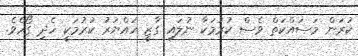
ކުރަން މަސައްކަތް ވެސް ކުރުމަކާ ނުލައި ގާޒީ ހައްޔަރު ކުރުމަކީ ހެދި ގޯހެވެ.